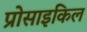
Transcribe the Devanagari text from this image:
प्रोसाइकिल